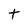
Character: t